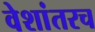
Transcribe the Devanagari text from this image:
वेशांतरच